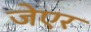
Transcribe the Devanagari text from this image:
जेएर